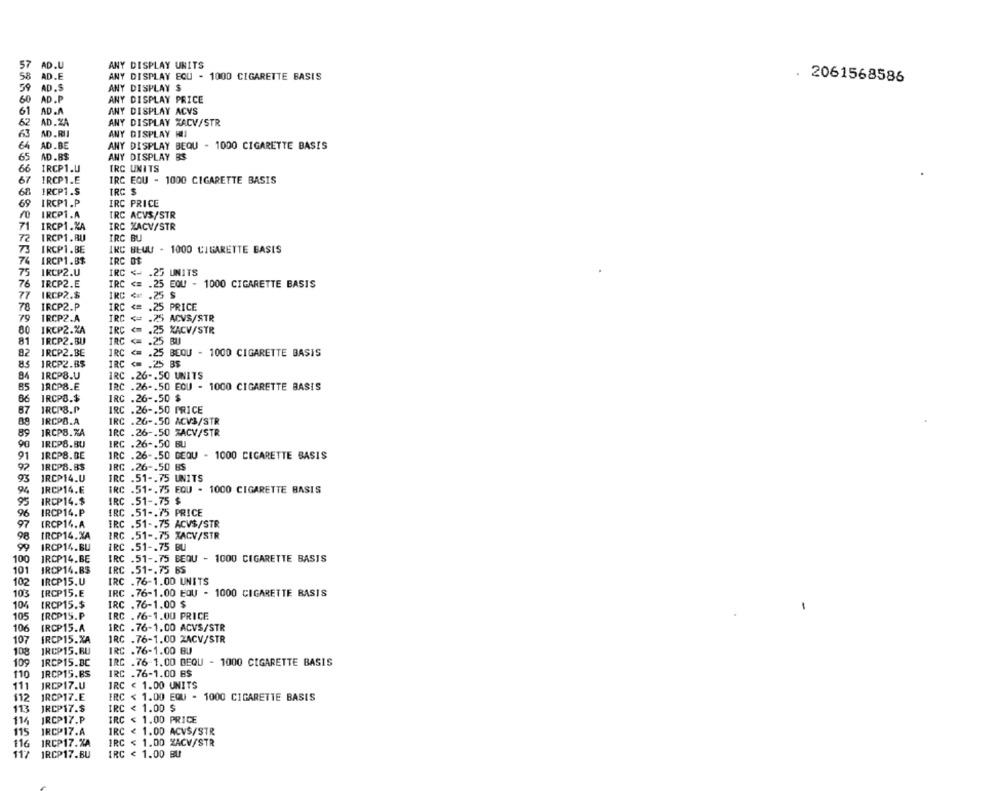
AD.U
57
ANY DISPLAY UNITS
58
AD.E
ANY DISPLAY EQU - 1000 CIGARETTE BASIS
. 2061568586
59
AD.S
ANY DISPLAY $
60
AD.P
ANY DISPLAY PRICE
61
AD.A
ANY DISPLAY ACVS
62
AD.ZA
ANY DISPLAY XACV/STR
63
AD .RII
ANY DISPLAY HLI
64
AD.BE
ANY DISPLAY BEQU - 1000 CIGARETTE BASIS
65
AD.B$
ANY DISPLAY BS
66
IRCP1.U
IRC UNITS
67
1RCP1.E
IRC EQU - 1000 CIGARETTE BASIS
IRCP1.S
IRC $
68
69
IRCP1.P
IRC PRICE
IRCP1.A
IRC ACVS/STR
71
IRCP1.KA
IRC XACV/STR
IRCP1.BU
IRC BU
73
IRCP1.BE
IRC BEWU - 1000 CIGARETTE BASIS
74
IRCP1.B$
IRC OF
75
IRCP2.U
IRC <- . 25 UNITS
76
IRCP2.E
IRC <= . 25 EQU - 1000 CIGARETTE BASIS
IRCP2.$
IRC <= . 25 S
77
70
IRCP2.P
IRC
<= . 25 PRICE
79
IRC <= . 25 ACVS/STR
IRCPZ.A
80
IRCP2.ZA
IRC <= . 25 %ACV/STR
81
IRCP2.BU
IRC < . 25 BU
82
IRCP2.BE
IRC <= . 25 BEQU - 1000 CIGARETTE BASIS
85
IRCP2.B$
IRC <= . 25 B$
84
IRCP8.U
IRC .26 -. 50 UNITS
85
IRCP8.E
IRC .26 -. 50 EOU - 1000 CIGARETTE BASIS
IRCPO.$
IRC .26 -. 50 $
87
IRCP3.P
IRC .26 -. 50 PRICE
IRCPB.A
IRC .26 -. 50 ACV3/STR
89
IRCPB.ZA
IRC .26 -. 50 XACV/STR
90
IRCP8.BU
IRC .26 -. 50 BU
91
IRCP8.BE
IRC .26 -. 50 DEQU - 1000 CIGARETTE BASIS
92
IRCP8.8$
IRC .26 -. 50 BS
93
IRCP14.U
IRC .51 -. 75 UNITS
94
IRCP14.E
IRC .51 -. 75 EQU - 1000 CIGARETTE BASIS
95
IRCP14.$
IRC .51 -. 75 $
96
IRCP14.P
IRC .51 -. 75 PRICE
97
IRCP14.A
IRC .51 -. 75 ACV$/STR
98
IRCP14.XA
IRC .51 -. 75 XACV/STR
90
IRCP14.BU
IRC .51 -. 75 BU
100
IRCP14.BE
IRC .51 -. 75 BEQU - 1000 CIGARETTE BASIS
101
IRCP14.BS
IRC .51 -. 75 BS
102
IRCP15.U
IRC .76-1.00 UNITS
103
[RCP15.E
IRC .76-1.00 EQU - 1000 CIGARETTE BASIS
104
IRCP15.$
IRC .76-1.00 $
105
[RCP15.P
IRC .76-1.00 PRICE
106
IRCP15.A
IRC . 76-1.00 ACVS/STR
107
IRCP15.%A
IRC .76-1.00 XACV/STR
IRCP15.BU
IRC .76-1.00 BU
108
109
IRCP15.BC
IRC .76-1.00 BEQU - 1000 CIGARETTE BASIS
JRCP15.BS
IRC .76-1.00 BS
110
111
IRCP17.U
IRC < 1.00 UNITS
112
IRCP17.E
IRC < 1.00 EQU - 1000 CIGARETTE BASIS
113
JRCP17.$
IRC < 1.00 $
114
IRCP17.P
IRC < 1.00 PRICE
115
IRCP17.A
IRC < 1.00 ACVS/STR
116
IRCP17.%A
IRC < 1.00 ZACV/STR
117
IRCP17.BU
IRC < 1.00 BU